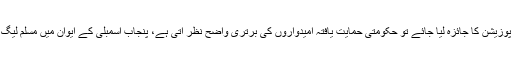
پنجاب اسمبلی میں اگر پارٹی پوزیشن کا جائزہ لیا جائے تو حکومتی حمایت یافتہ امیدواروں کی برتری واضح نظر آتی ہے، پنجاب اسمبلی کے ایوان میں مسلم لیگ ن کے پاس310 نشستیں ہیں۔